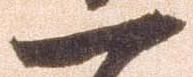
一